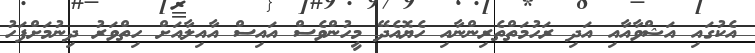
އެކުގައި އަޝްވާއާއި އަދި ރަހުމަތްތެރިންނާއި ހެޔޮއެދޭ މީހުންވެސް އައިސް އާއިލާއަށް ހިތްވަރު ދިނުމަށްފަހު